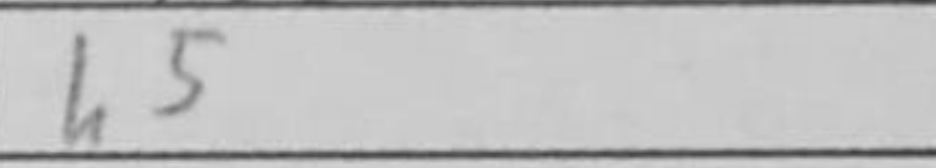
Transcription: h5